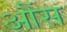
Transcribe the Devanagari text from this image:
आैंस